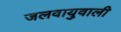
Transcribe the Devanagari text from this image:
जलवायुवाली